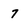
Character: 7